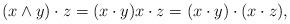
LaTeX: \begin{align*}(x\wedge y)\cdot z=(x\cdot y)x\cdot z=(x\cdot y)\cdot(x\cdot z),\end{align*}